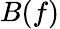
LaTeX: B(f)